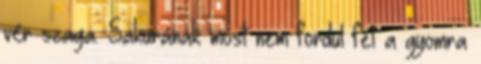
vér szaga. Sakurának most nem fordul fel a gyomra